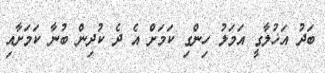
ބަދު އަޚުލާގީ އަމަލު ހިންގި ކަމަށް އެ ދެ ކުދިން ބުނާ ކަމަށާއި